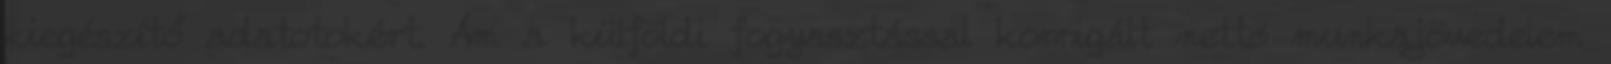
kiegészítő adatotokért. Ám a külföldi fogyasztással korrigált nettó munkajövedelem